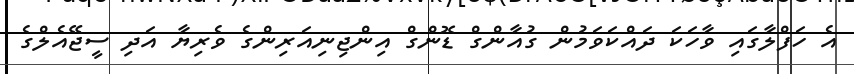
އެ ހަފްލާގައި ވާހަކަ ދައްކަވަމުން ގުއާންގް ޑޮންގް އިންޖިނިއަރިންގެ ވެރިޔާ އަދި ސީޖޭއެލްގެ